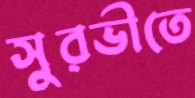
সুরভীতে